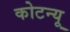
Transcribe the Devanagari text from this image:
कोटन्यू